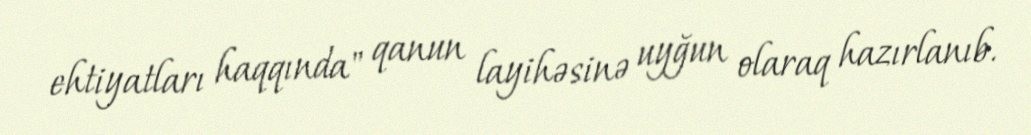
ehtiyatları haqqında" qanun layihəsinə uyğun olaraq hazırlanıb.